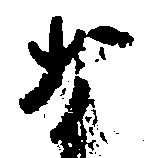
な